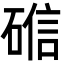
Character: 𬒘